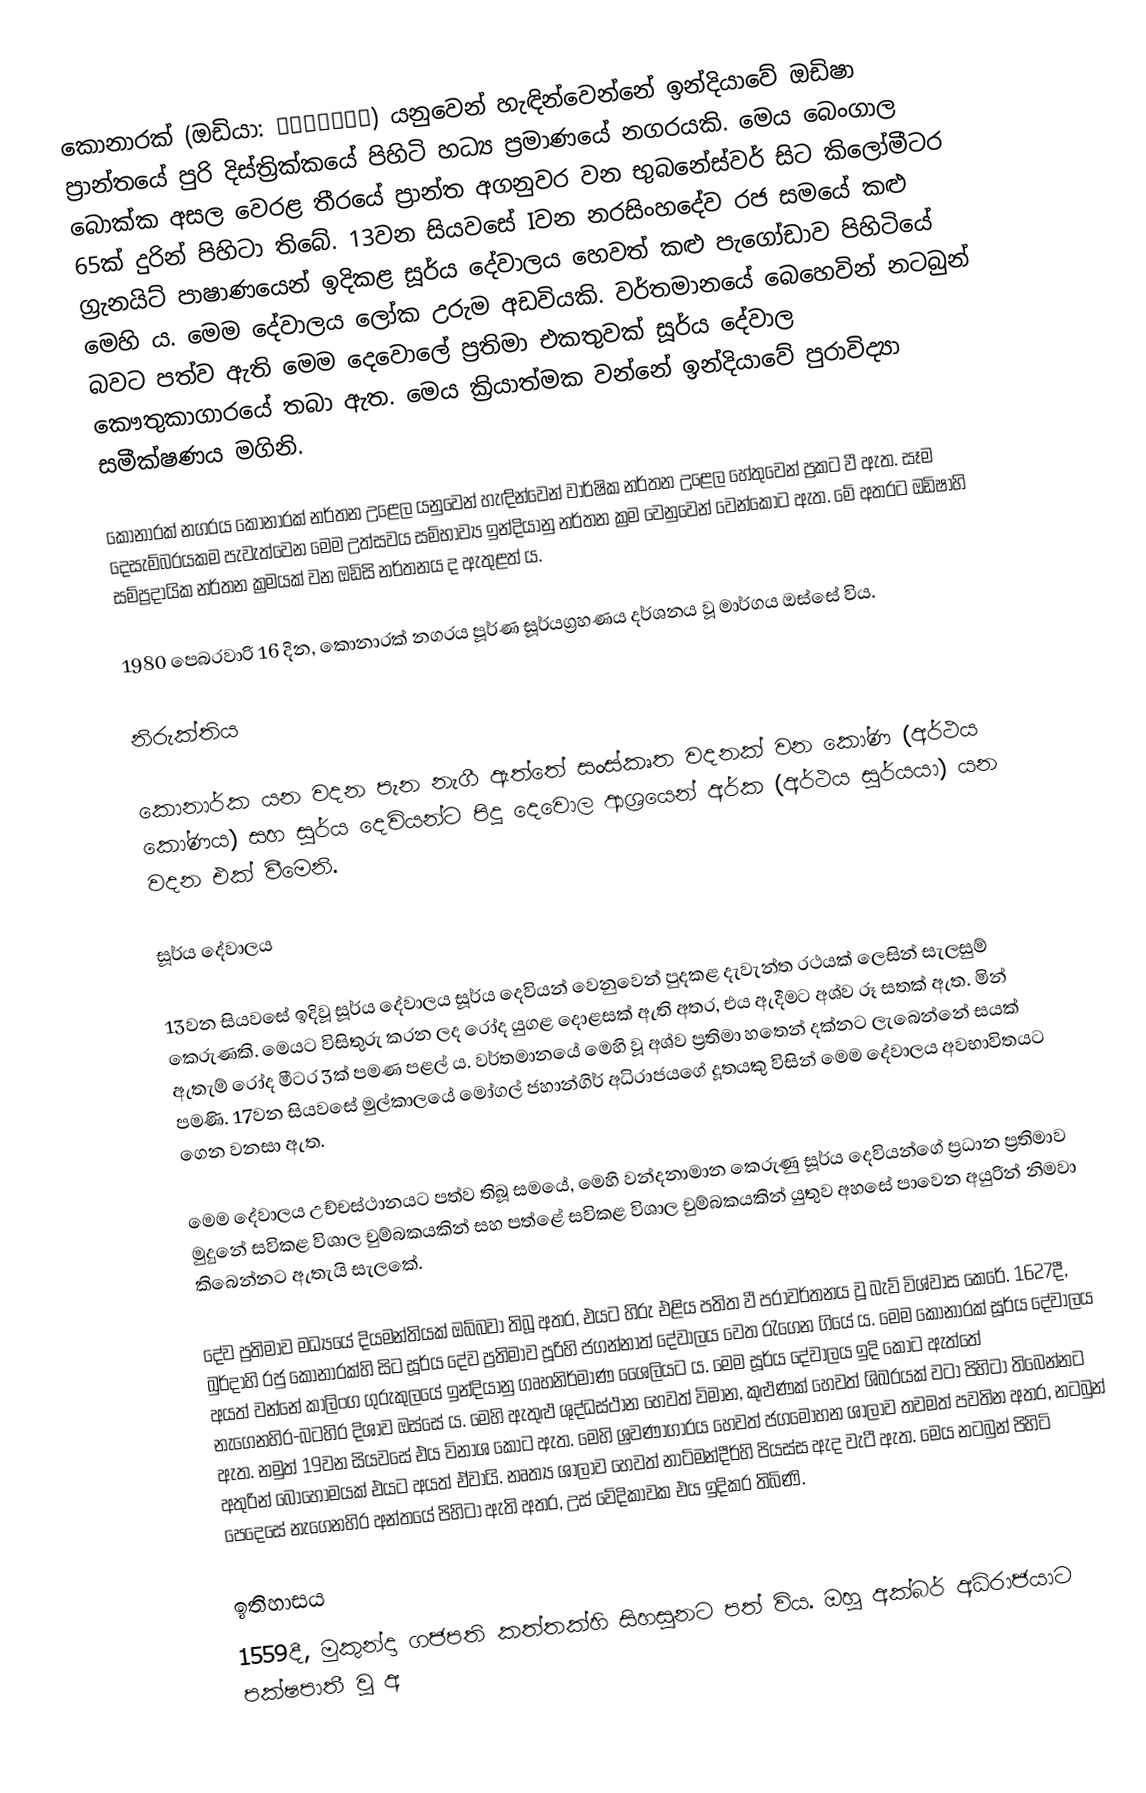
කොනාරක් (ඔඩියා: କୋଣାର୍କ) යනුවෙන් හැඳින්වෙන්නේ ඉන්දියාවේ ඔඩිෂා ප්‍රාන්තයේ පුරි දිස්ත්‍රික්කයේ පිහිටි හධ්‍ය ප්‍රමාණයේ නගරයකි. මෙය බෙංගාල බොක්ක අසල වෙරළ තීරයේ ප්‍රාන්ත අගනුවර වන භුබනේස්වර් සිට කිලෝමීටර 65ක් දුරින් පිහිටා තිබේ. 13වන සියවසේ Iවන නරසිංහදේව රජ සමයේ කළු ග්‍රැනයිට් පාෂාණයෙන් ඉදිකළ සූර්ය දේවාලය හෙවත් කළු පැගෝඩාව පිහිටියේ මෙහි ය. මෙම දේවාලය ලෝක උරුම අඩවියකි. වර්තමානයේ බෙහෙවින් නටබුන් බවට පත්ව ඇති මෙම දෙවොලේ ප්‍රතිමා එකතුවක් සූර්ය දේවාල කෞතුකාගාරයේ තබා ඇත. මෙය ක්‍රියාත්මක වන්නේ ඉන්දියාවේ පුරාවිද්‍යා සමීක්ෂණය මගිනි.

කොනාරක් නගරය කොනාරක් නර්තන උළෙල යනුවෙන් හැඳින්වෙන් වාර්ෂික නර්තන උළෙල හේතුවෙන් ප්‍රකට වී ඇත. සෑම දෙසැම්බරයකම පැවැත්වෙන මෙම උත්සවය සම්භාව්‍ය ඉන්දියානු නර්තන ක්‍රම වෙනුවෙන් වෙන්කොට ඇත. මේ අතරට ඔඩිෂාහි සම්ප්‍රදායික නර්තන ක්‍රමයක් වන ඔඩිසි නර්තනය ද ඇතුළත් ය.

1980 පෙබරවාරි 16 දින, කොනාරක් නගරය පූර්ණ සූර්යග්‍රහණය දර්ශනය වූ මාර්ගය ඔස්සේ විය.

නිරුක්තිය

කොනාර්ක යන වදන පැන නැගී ඇත්තේ සංස්කෘත වදනක් වන කෝණ (අර්ථය කෝණය) සහ සූර්ය දෙවියන්ට පිදූ දෙවොල ආශ්‍රයෙන් අර්ක (අර්ථය සූර්යයා) යන වදන එක් වීමෙනි.

සූර්ය දේවාලය

13වන සියවසේ ඉදිවූ සූර්ය දේවාලය සූර්ය දෙවියන් වෙනුවෙන් පුදකළ දැවැන්ත රථයක් ලෙසින් සැලසුම් කෙරුණකි. මෙයට විසිතුරු කරන ලද රෝද යුගළ දොළසක් ඇති අතර, එය ඇදීමට අශ්ව රූ සතක් ඇත. මින් ඇතැම් රෝද මීටර 3ක් පමණ පළල් ය. වර්තමානයේ මෙහි වූ අශ්ව ප්‍රතිමා හතෙන් දක්නට ලැබෙන්නේ සයක් පමණි. 17වන සියවසේ මුල්කාලයේ මෝගල් ජහාන්ගිර් අධිරාජයගේ දූතයකු විසින් මෙම දේවාලය අවභාවිතයට ගෙන වනසා ඇත.

මෙම දේවාලය උච්චස්ථානයට පත්ව තිබූ සමයේ, මෙහි වන්දනාමාන කෙරුණු සූර්ය දෙවියන්ගේ ප්‍රධාන ප්‍රතිමාව මුදුනේ සවිකළ විශාල චුම්බකයකින් සහ පත්ළේ සවිකළ විශාල චුම්බකයකින් යුතුව අහසේ පාවෙන අයුරින් නිමවා කිබෙන්නට ඇතැයි සැලකේ.

දේව ප්‍රතිමාව මධ්‍යයේ දියමන්තියක් ඔබ්බවා තිබූ අතර, එයට හිරු එළිය පතිත වී පරාවර්තනය වූ බැව් විශ්වාස කෙරේ. 1627දී, ඛුර්දාහි රජු කොනාරක්හි සිට සූර්ය දේව ප්‍රතිමාව පූරිහි ජගන්නාත් දේවාලය වෙත රැගෙන ගියේ ය. මෙම කොනාරක් සූර්ය දේවාලය අයත් වන්නේ කාලිංග ගුරුකුලයේ ඉන්දියානු ගෘහනිර්මාණ ශෛලියට ය. මෙම සූර්ය දේවාලය ඉදි කොට ඇත්තේ නැගෙනහිර-බටහිර දිශාව ඔස්සේ ය. මෙහි ඇතුළු ශුද්ධස්ථාන හෙවත් විමාන, කුළුණක් හෙවත් ශිඛරයක් වටා පිහිටා තිබෙන්නට ඇත. නමුත් 19වන සියවසේ එය විනාශ කොට ඇත. මෙහි ශ්‍රවණාගාරය හෙවත් ජගමෝහන ශාලාව තවමත් පවතින අතර, නටබුන් අතුරින් බොහෝමයක් එයට අයත් ඒවායි. නෘත්‍ය ශාලාව හෙවත් නාට්මන්දීර්හි පියස්ස ඇද වැටී ඇත. මෙය නටබුන් පිහිටි පෙදෙසේ නැගෙනහිර අන්තයේ පිහිටා ඇති අතර, උස් වේදිකාවක එය ඉදිකර තිබිණි.

ඉතිහාසය
1559දී, මුකුන්දා ගජපති කත්තක්හි සිහසුනට පත් විය. ඔහු අක්බර් අධිරාජයාට පක්ෂපාතී වූ අ